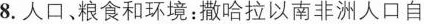
8. 人口、粮食和环境：撒哈拉以南非洲人口自